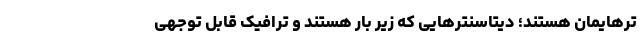
ترهایمان هستند؛ دیتاسنترهایی که زیر بار هستند و ترافیک قابل توجهی